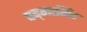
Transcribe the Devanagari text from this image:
पद्‌मासिंह